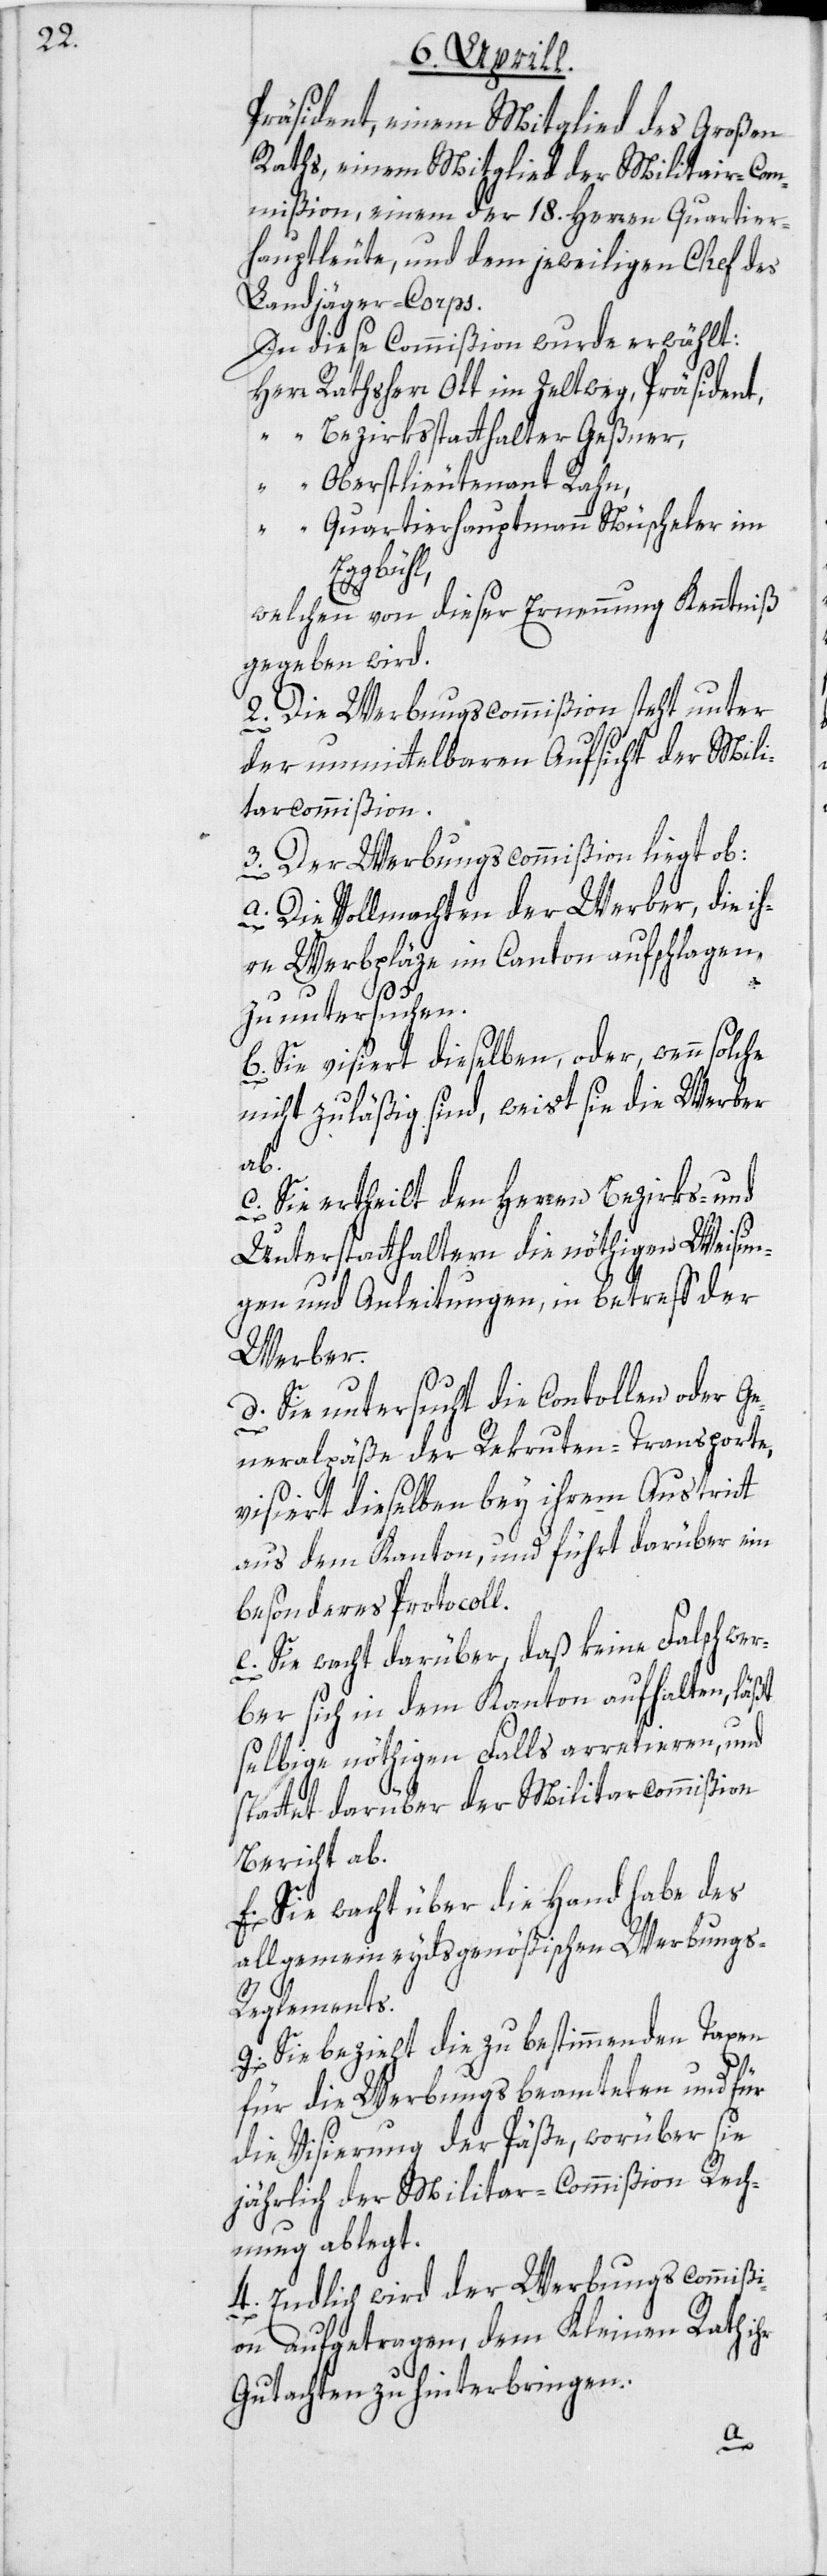
Präsident, einem Mitglied des Großen
Raths, einem Mitglied der Militair-Com¬
mißion, einem der 18. Herren Quartier¬
hauptleute, und dem jeweiligen Chef des
Landjäger-Corps.
In diese Commißion wurde erwählt:
Herr Rathsherr Ott im Zeltweg, Präsident,
“ Bezirksstatthalter Geßner,
“ Oberstlieutenant Rahn,
“ Quartierhauptmann Nüscheler im
Eggbühl,
welchen von dieser Ernennung Kenntniß
gegeben wird.
2. Die Werbungscommißion steht unter
der unmittelbaren Aufsicht der Mili¬
tarcommißion.
3. Der Werbungscommißion liegt ob:
a. Die Vollmachten der Werber, die ih¬
re Werbpläze im Canton aufschlagen,
zu untersuchen.
b. Sie visiert dieselben, oder, wenn solche
nicht zuläßig sind, weist sie die Werber
ab.
c. Sie ertheilt den Herren Bezirks- und
Unterstatthaltern die nöthigen Weisun¬
gen und Anleitungen, in betreff der
Werber.
d. Sie untersucht die Controllen oder Ge¬
neralpäße der Rekruten-Transporte,
visiert dieselben bey ihrem Austritt
aus dem Kanton, und führt darüber ein
besonderes Protocoll.
e. Sie wacht darüber, daß keine Falschwer¬
ber sich in dem Kanton aufhalten, läßt
selbige nöthigen Falls arretieren, und
stattet darüber der Militarcommißion
Bericht ab.
f. Sie wacht über die Handhabe des
allgemein eydsgenößischen Werbung¬
s-Reglements.
g. Sie bezieht die zu bestimmenden Taxen
für die Werbungsbeamteten und für
die Visierung der Päße, worüber sie
jährlich der Militar-Commißion Rech¬
nung ablegt.
4. Endlich wird der Werbungscommißi¬
on aufgetragen, dem Kleinen Rath ihr
Gutachten zu hinterbringen: